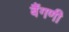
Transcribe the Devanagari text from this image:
बैंगणी